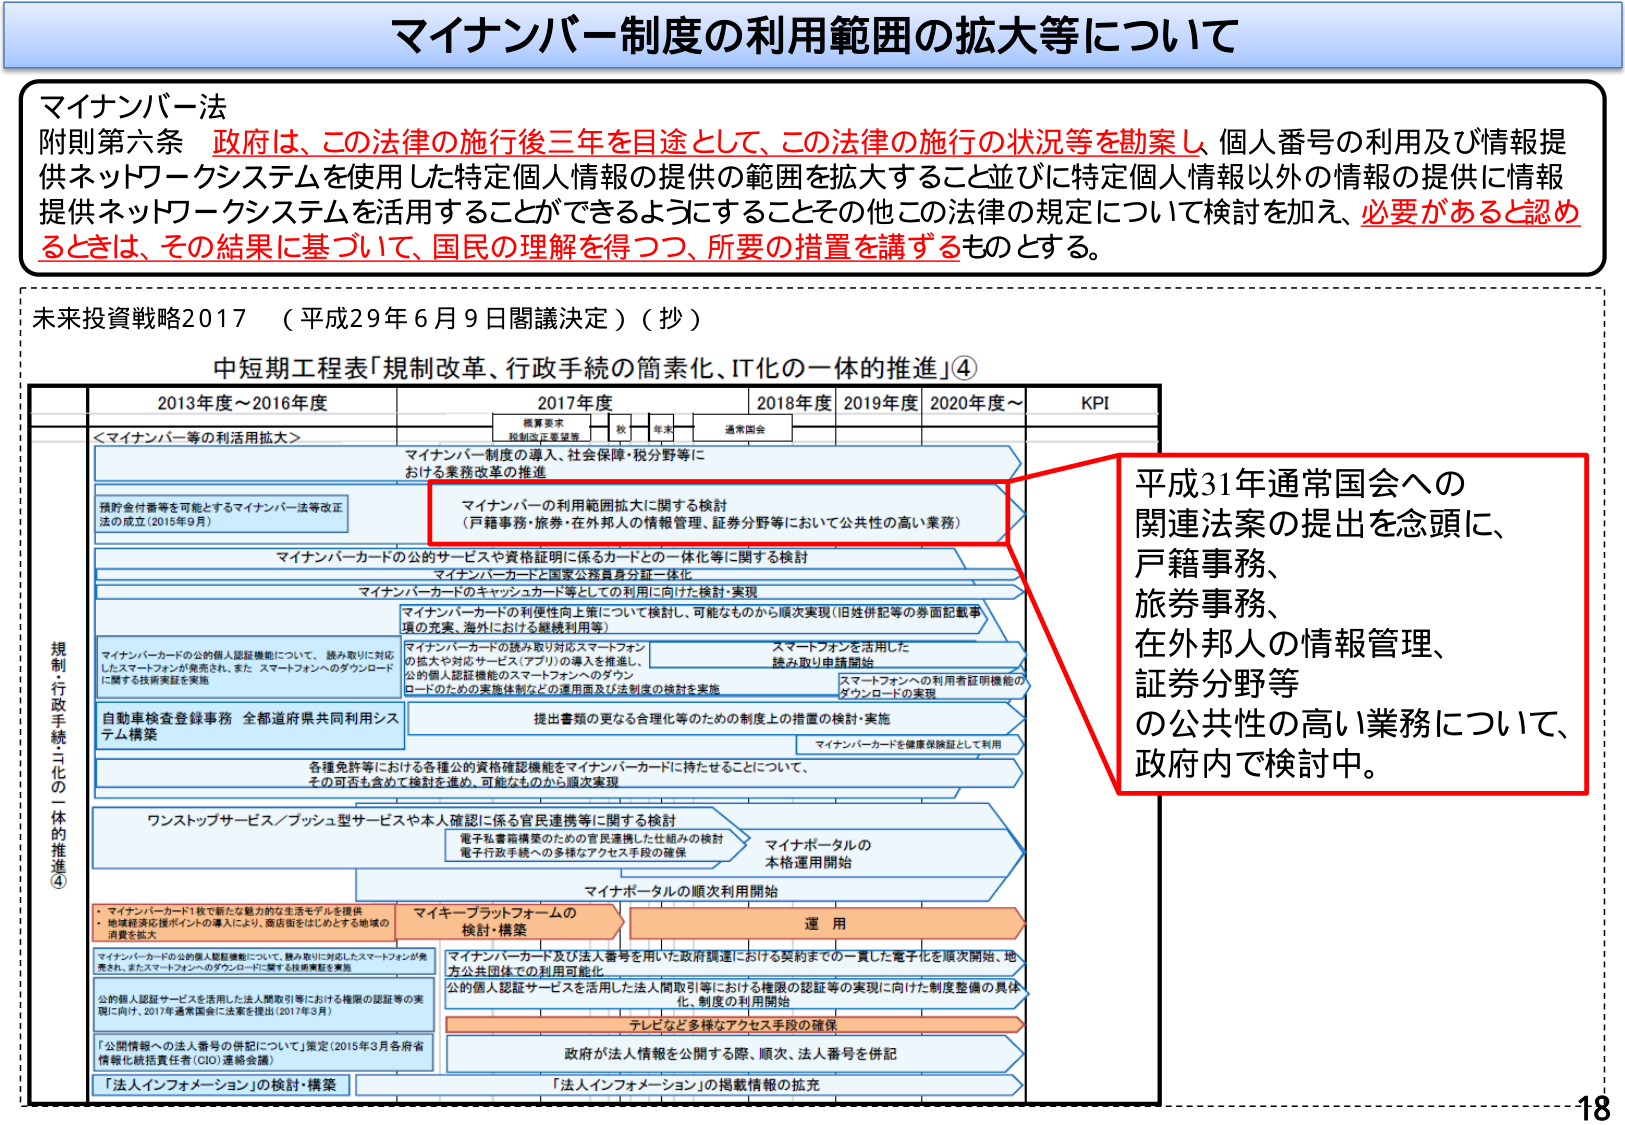
マイナンバー制度の利用範囲の拡大等について

マイナンバー法
附則第六条 政府は、この法律の施行後三年を目途として、この法律の施行の状況等を勘案し、個人番号の利用及び情報提供ネットワークシステムを使用した特定個人情報の提供の範囲を拡大すること並びに特定個人情報以外の情報の提供に情報提供ネットワークシステムを活用することができるようすることその他この法律の規定について検討を加え、必要があると認めるときは、その結果に基づいて、国民の理解を得つつ、所要の措置を講ずるものとする。

未来投資戦略2017 （平成29年6月9日閣議決定）（抄）

中短期工程表「規制改革、行政手続の簡素化、IT化の一体的推進」④

2013年度～2016年度 2017年度 2018年度 2019年度 2020年度～ KPI
概算要求
税制改正要望等
秋
年末
通常国会

＜マイナンバー等の利活用拡大＞
マイナンバー制度の導入、社会保障・税分野等における業務改革の推進

預貯金付番等を可能とするマイナンバー法等改正法の成立（2015年9月）

マイナンバーの利用範囲拡大に関する検討
（戸籍事務・旅券・在外邦人の情報管理、証券分野等において公共性の高い業務）

マイナンバーカードの公的サービスや資格証明に係るカードとの一体化等に関する検討
マイナンバーカードと国家公務員身分証一体化
マイナンバーカードのキャッシュカード等としての利用に向けた検討・実現

マイナンバーカードの利便性向上策について検討し、可能なものから順次実現（旧姓併記等の券面記載事項の充実、海外における継続利用等）

マイナンバーカードの公的個人認証機能について、読み取りに対応したスマートフォンが発売され、また、スマートフォンへのダウンロードに関する技術実証を実施
スマートフォンを活用した読み取り対応スマートフォンの拡大や対応サービス（アプリ）の導入を推進し、公的個人認証機能のスマートフォンへのダウンロードのための実施体制などの運用面及び法制度の検討を実施
スマートフォンへの利用者証明機能のダウンロードの実現

自動車検査登録システム構築 全都道府県共同利用システム構築
提出書類の更なる合理化等のための制度上の措置の検討・実施
マイナンバーカードを健康保険証として利用

各種免許等における各種公的資格確認機能をマイナンバーカードに持たせることについて、その可否も含めて検討を進め、可能なものから順次実現

ワンストップサービス／プッシュ型サービスや本人確認に係る官民連携等に関する検討
電子私書箱構築のための官民連携した仕組みの検討
電子行政手続への多様なアクセス手段の確保
マイナポータルの本格運用開始

マイナポータルの順次利用開始

・マイナンバーカード1枚で新たな魅力的な生活モデルを提供
・地域経済応援ポイントの導入により、商店街をはじめとする地域の消費を拡大

マイキー・プラットフォームの検討・構築
運用

マイナンバーカード及び法人番号を用いた政府調達における契約までの一貫した電子化を順次開始、地方公共団体での利用可能性化

公的個人認証サービスを活用した法人間取引等における権限の認証等の実現に向けた制度整備の具体化、制度の利用開始

テレビなど多様なアクセス手段の確保

政府が法人情報を公開する際、順次、法人番号を併記

「公開情報への法人番号の併記について」策定（2015年3月各府省情報化統括責任者（CIO）連絡会議）

「法人インフォメーション」の検討・構築
「法人インフォメーション」の掲載情報の拡充

平成31年通常国会への関連法案の提出を念頭に、戸籍事務、旅券事務、在外邦人の情報管理、証券分野等の公共性の高い業務について、政府内で検討中。

18